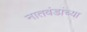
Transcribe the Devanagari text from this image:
नातवंडांच्या